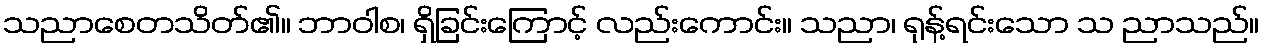
သညာစေတသိတ်၏။ ဘာဝါစ၊ ရှိခြင်းကြောင့် လည်းကောင်း။ သညာ၊ ရုန့်ရင်းသော သ ညာသည်။